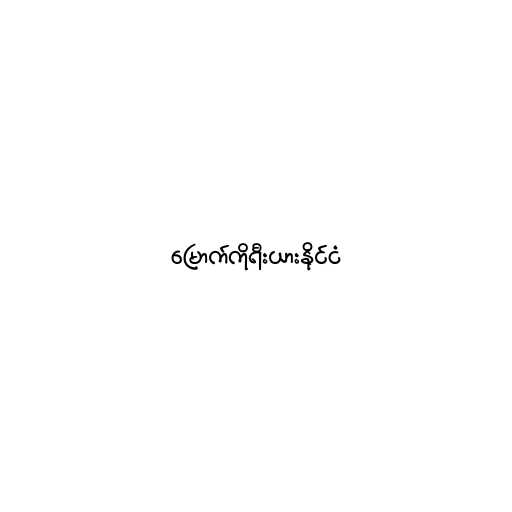
မြောက်ကိုရီးယားနိုင်ငံ